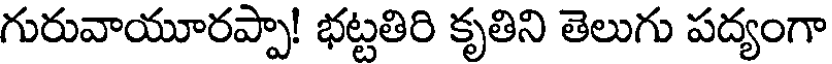
గురువాయూరప్పా! భట్టతిరి కృతిని తెలుగు పద్యంగా